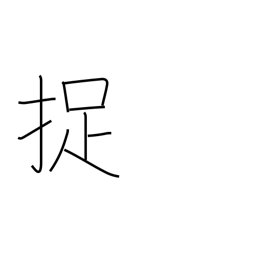
Meaning: catch